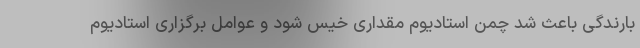
بارندگی باعث شد چمن استادیوم مقداری خیس شود و عوامل برگزاری استادیوم